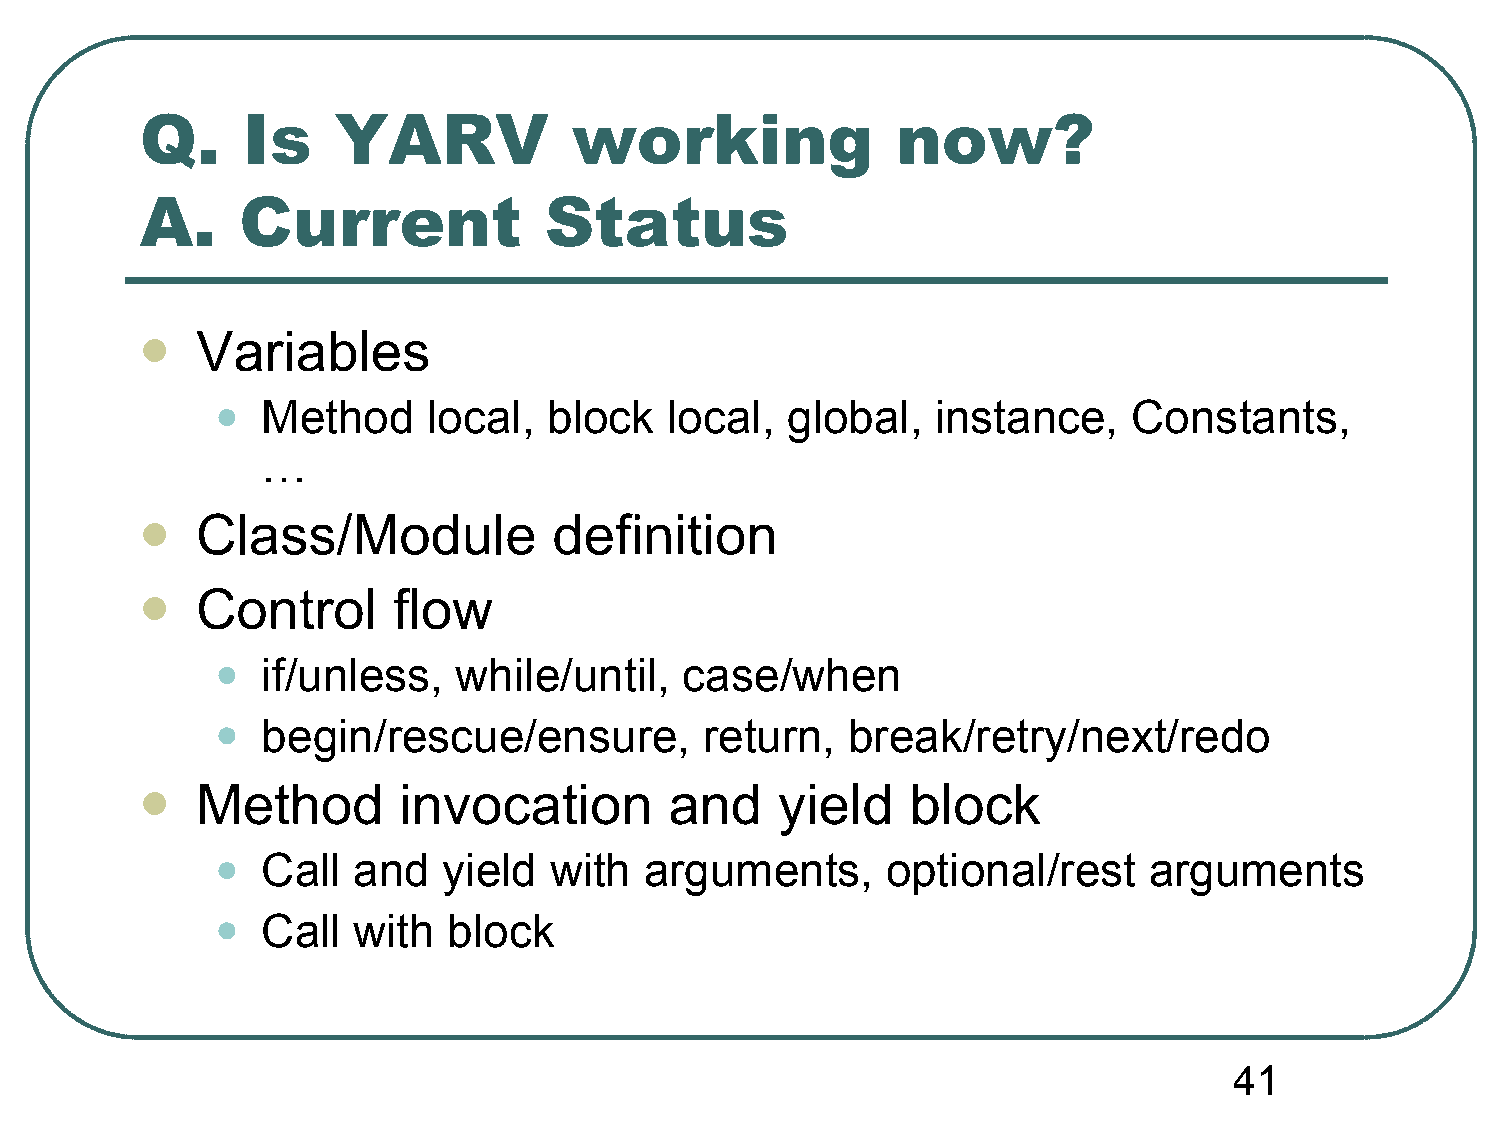
Q.     Is    YARV            working              now?
 A.     Current             Status
 Variables
 
 •
 Method     local,  block   local,  global,   instance,    Constants,
 …
 Class/Module            definition
 
 Control      flow
 
 •
 if/unless,   while/until,   case/when
 •
 begin/rescue/ensure,          return,  break/retry/next/redo
 Method       invocation        and     yield   block
 
 •
 Call  and   yield  with   arguments,      optional/rest    arguments
 •
 Call  with   block
 41